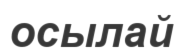
осылай